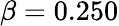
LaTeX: \beta=0.250